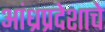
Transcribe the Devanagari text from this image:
आंध्रप्रदेशाचे